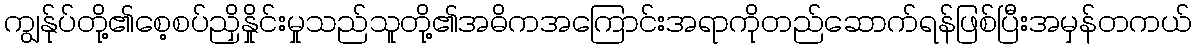
ကျွန်ုပ်တို့၏စေ့စပ်ညှိနှိုင်းမှုသည်သူတို့၏အဓိကအကြောင်းအရာကိုတည်ဆောက်ရန်ဖြစ်ပြီးအမှန်တကယ်